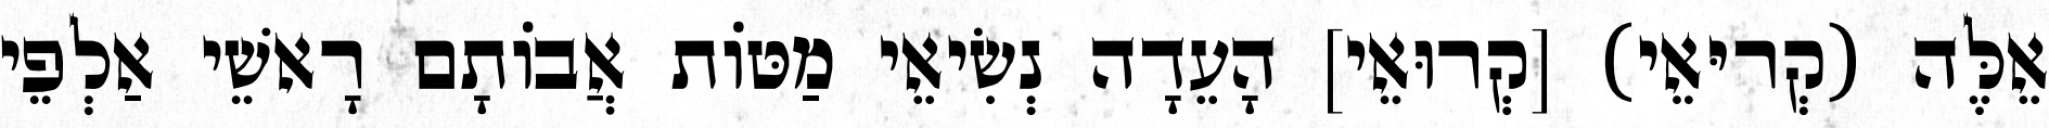
אֵלֶּה (קְריּאֵי) [קְרוּאֵי] הָעֵדָה נְשִׂיאֵי מַטּוֹת אֲבוֹתָם רָאשֵׁי אַלְפֵי